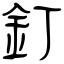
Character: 釘